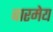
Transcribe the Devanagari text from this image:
बारमेय